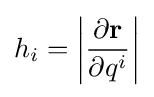
h_{i}=\left|{\frac {\partial \mathbf {r} }{\partial q^{i}}}\right|